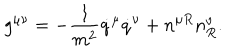
g ^ { \mu \nu } = - \frac { 1 } { m ^ { 2 } } \dot { q } ^ { \mu } \dot { q } ^ { \nu } + n ^ { \mu R } n _ { R } ^ { \nu } .